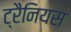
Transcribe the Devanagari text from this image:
ट्रैनियस